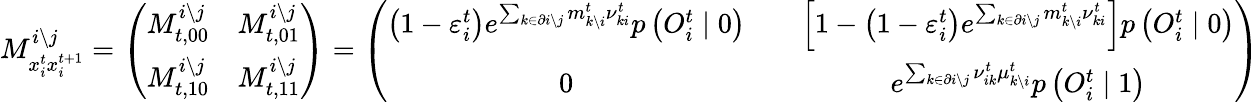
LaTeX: M_{x_{i}^{t}x_{i}^{t+1}}^{i\setminus j}=\left(\begin{array}{cc}{M_{t,00}^{i\setminus j}}&{M_{t,01}^{i\setminus j}}\\ {M_{t,10}^{i\setminus j}}&{M_{t,11}^{i\setminus j}}\end{array}\right)=\left(\begin{array}{ccc}{\left(1-\varepsilon_{i}^{t}\right)e^{\sum_{k\in\partial i\setminus j}m_{k\setminus i}^{t}{\nu}_{ki}^{t}}p\left(O_{i}^{t}\mid 0\right)}&&{\left[1-\left(1-\varepsilon_{i}^{t}\right)e^{\sum_{k\in\partial i\setminus j}m_{k\setminus i}^{t}{\nu}_{ki}^{t}}\right]p\left(O_{i}^{t}\mid 0\right)}\\ {0}&&{e^{\sum_{k\in\partial i\setminus j}\nu_{ik}^{t}\mu_{k\setminus i}^{t}}p\left(O_{i}^{t}\mid 1\right)}\end{array}\right)